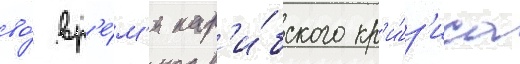
во́ вр'е́м'я кар'и́бского кр'и́з'иса